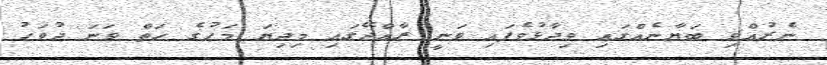
ނެރުއްވި ބަޔާނެއްގައި ވިދާޅުވެފައި ވަނީ ރާއްޖޭގައި މިދިޔަ މަހުގެ ހަތް ވަނަ ދުވަހު